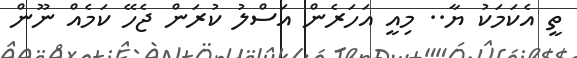
ތީ އެކަމަކު ޔާ.. މިއީ އަހަރެން އަސްލު ކުރަން ޖެހޭ ކަމެއް ނޫން